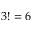
3 ! = 6